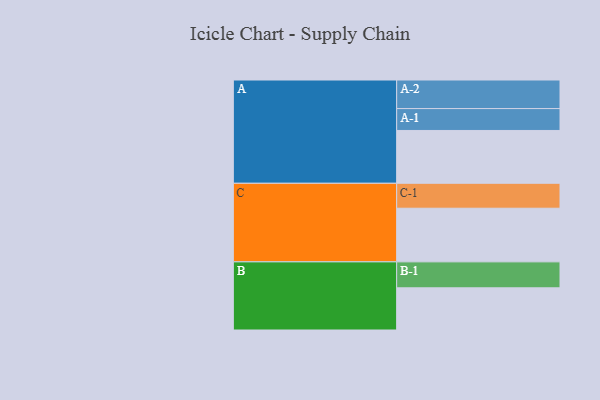
{"axis": {"x": "Segment", "y": "Value"}, "legend": ["", "A", "B", "C"], "data": [{"x": "A", "y": 466, "type": ""}, {"x": "B", "y": 372, "type": ""}, {"x": "C", "y": 473, "type": ""}, {"x": "A-1", "y": 193, "type": "A"}, {"x": "A-2", "y": 252, "type": "A"}, {"x": "B-1", "y": 229, "type": "B"}, {"x": "C-1", "y": 220, "type": "C"}]}